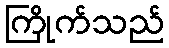
ကြိုက်သည်